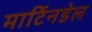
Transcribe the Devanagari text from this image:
मार्टिनडेल